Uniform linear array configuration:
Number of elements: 8
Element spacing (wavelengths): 0.5
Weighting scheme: exponential
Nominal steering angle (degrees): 60
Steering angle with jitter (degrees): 60.724
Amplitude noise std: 0.05
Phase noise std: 0.05

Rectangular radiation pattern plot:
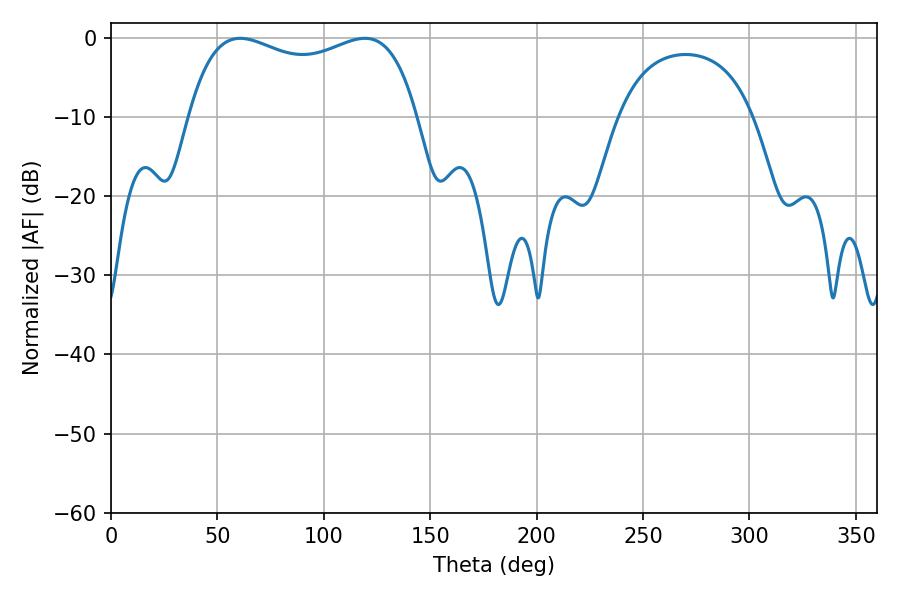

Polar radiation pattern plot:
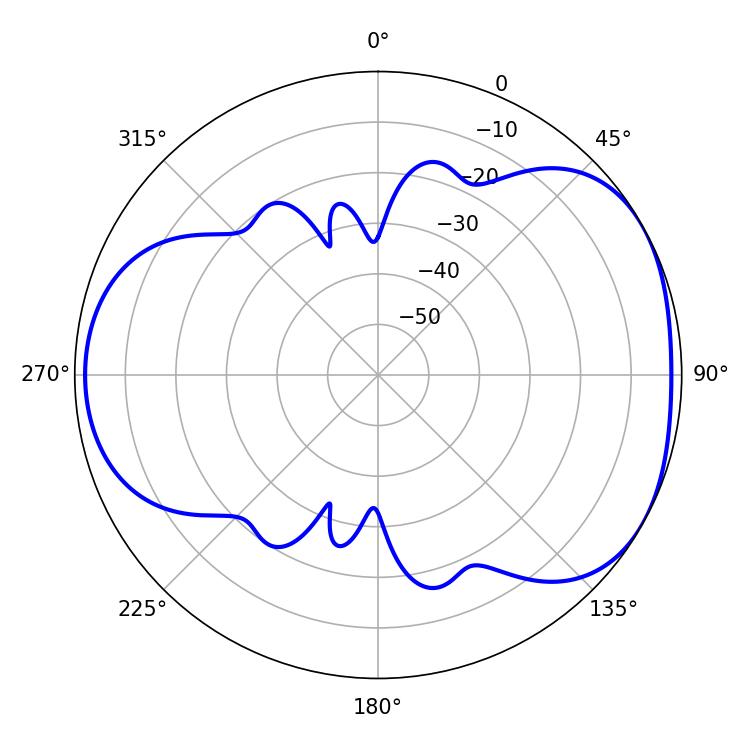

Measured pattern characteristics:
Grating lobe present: FALSE
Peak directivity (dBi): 4.408
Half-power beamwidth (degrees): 88.2
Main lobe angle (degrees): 60.66